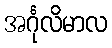
အင်္ဂုလိမာလ